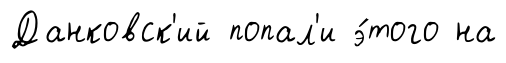
Данковск'ий попал'и э́того на